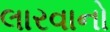
લારવાનો